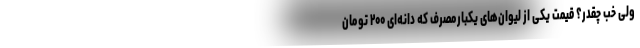
ولی خب چقدر؟ قیمت یکی از لیوان‌های یکبارمصرف که دانه‌ای ۲۰۰ تومان